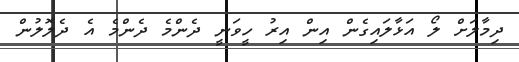
ދިމާލަށް ލޯ އަޅާލައިގެން އިން އިރު ހީވަނީ ދެންމެ ދެންމެ އެ ދެލޮލުން